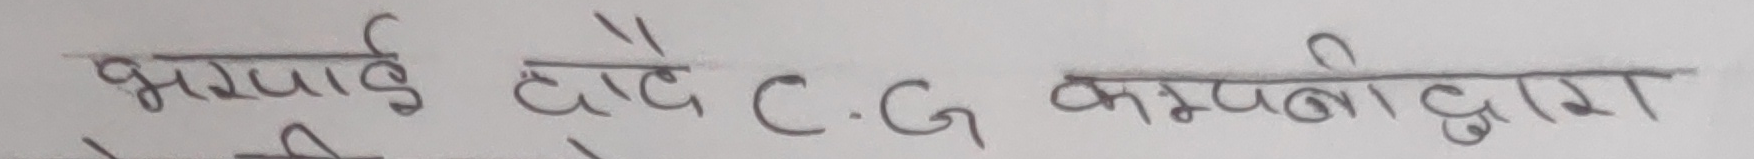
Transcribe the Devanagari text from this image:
भर्याई टाँदै C.G कम्पनीद्वारा